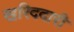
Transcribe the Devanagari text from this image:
खरिददारी